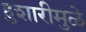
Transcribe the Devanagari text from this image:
हुशारीमुळे